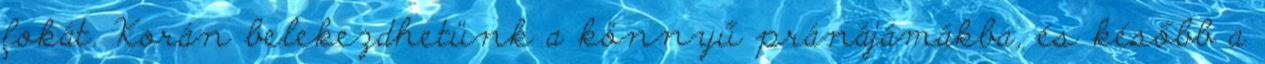
fokát. Korán belekezdhetünk a könnyű pránájámákba, és később a